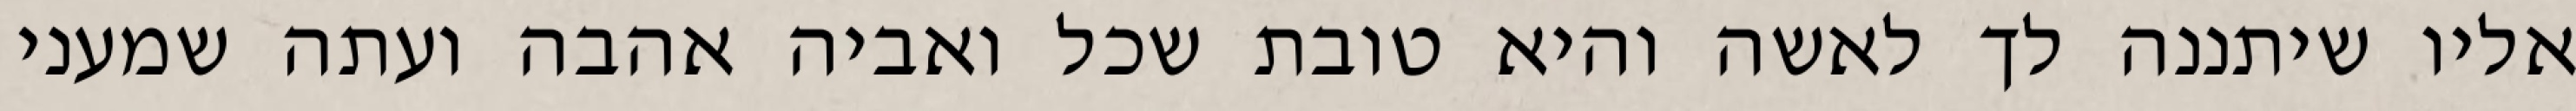
אליו שיתננה לך לאשה והיא טובת שכל ואביה אהבה ועתה שמעני